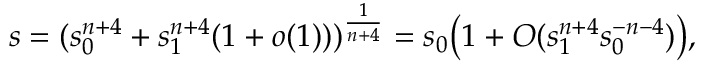
s = ( s _ { 0 } ^ { n + 4 } + s _ { 1 } ^ { n + 4 } ( 1 + o ( 1 ) ) ) ^ { \frac 1 { n + 4 } } = s _ { 0 } \big ( 1 + O ( s _ { 1 } ^ { n + 4 } s _ { 0 } ^ { - n - 4 } ) \big ) ,